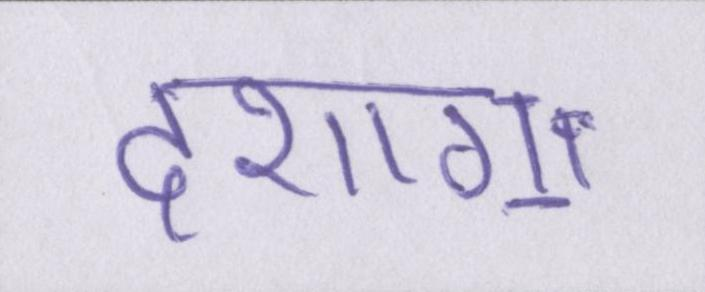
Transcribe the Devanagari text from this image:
दशाॻ